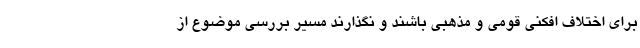
برای اختلاف افکنی قومی و مذهبی باشند و نگذارند مسیر بررسی موضوع از